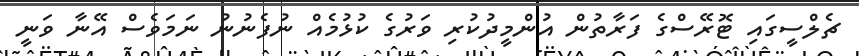
ޗެލްސީގައި ޓޮރޭސްގެ ފަރާތުން އުންމީދުކުރި ވަރުގެ ކުޅުމެއް ނުފެނުނު ނަމަވެސް އޭނާ ވަނީ